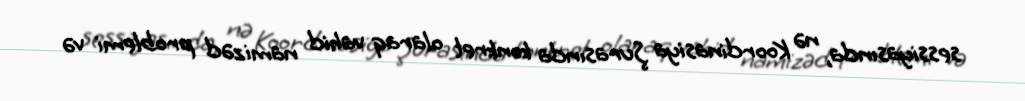
sessiyasında, nə Koordinasiya Şurasında konkret olaraq vahid namizəd problemi və